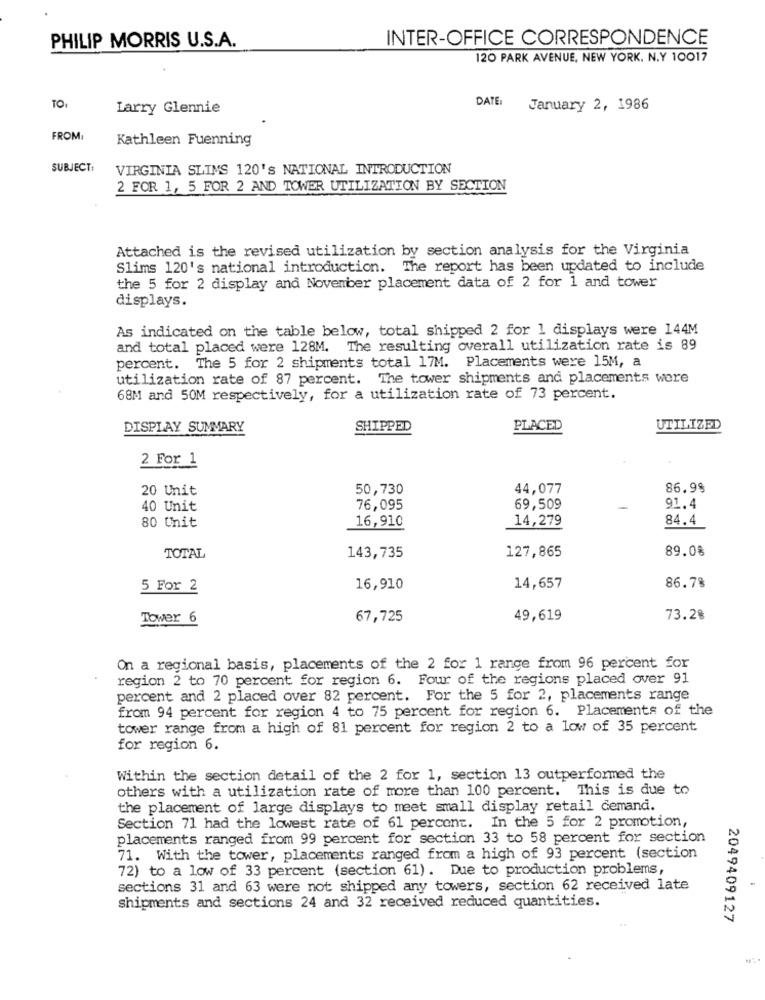
PHILIP MORRIS U.S.A.
INTER-OFFICE CORRESPONDENCE
120 PARK AVENUE, NEW YORK, N.Y 10017
DATE:
TO:
Larry Glennie
January 2, 1986
FROM
Kathleen Fuenning
SUBJECT:
VIRGINIA SLIMS 120's NATIONAL INTRODUCTION
2 FOR 1, 5 FOR 2 AND TOWER UTILIZATION BY SECTION
Attached is the revised utilization by section analysis for the Virginia
Slims 120's national introduction. The report has been updated to include
the 5 for 2 display and November placement data of 2 for 1 and tower
displays.
As indicated on the table below, total shipped 2 for 1 displays were 144M
and total placed were 128M. The resulting overall utilization rate is 89
percent. The 5 for 2 shipments total 17M. Placements were 15M, a
utilization rate of 87 percent. The tower shipments and placements were
68M and 50M respectively, for a utilization rate of 73 percent.
DISPLAY SUMMARY
SHIPPED
PLACED
UTILIZED
2 For 1
20 Unit
50,730
44,077
86.98
40 Unit
76,095
69,509
91.4
16,910
14,279
84.4
80 Chit
127,865
89.08
TOTAL
143,735
5 For 2
16,910
14,657
86.7%
Tower 6
67,725
49,619
73.28
On a regional basis, placements of the 2 for 1 range from 96 percent for
region 2 to 70 percent for region 6. Four of the regions placed over 91
percent and 2 placed over 82 percent. For the 5 for 2, placements range
from 94 percent for region 4 to 75 percent for region 6. Placements of the
tower range from a high of 81 percent for region 2 to a low of 35 percent
for region 6.
Within the section detail of the 2 for 1, section 13 outperformed the
others with a utilization rate of more than 100 percent. This is due to
the placement of large displays to meet small display retail demand.
Section 71 had the lowest rate of 61 percent. In the 5 for 2 promotion,
placements ranged from 99 percent for section 33 to 58 percent for section
71. With the tower, placements ranged from a high of 93 percent (section
72) to a low of 33 percent (section 61). Due to production problems,
sections 31 and 63 were not shipped any towers, section 62 received late
shipments and sections 24 and 32 received reduced quantities.
2049409127